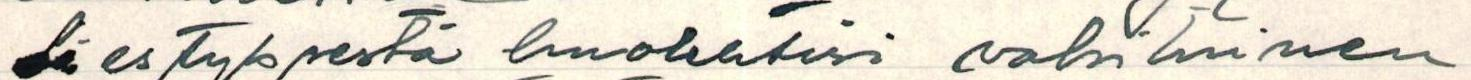
Säestyksestä huolehtisi vakituinen